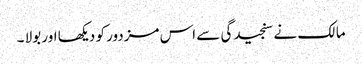
مالک نے سنجیدگی سے اس مزدور کو دیکھا اور بولا ۔